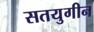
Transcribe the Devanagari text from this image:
सतयुगीन